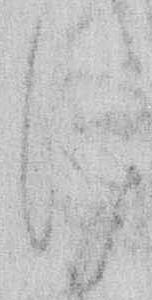
け